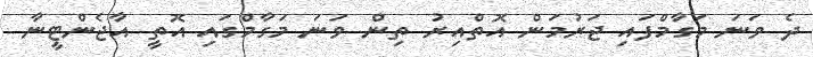
ދެ ވަނަ މަގާމްފައި ޖަރުމަން އޮތްއިރު ތިން ވަނަ މަގާމްގައި އޮތީ އާޖެންޓީނާ